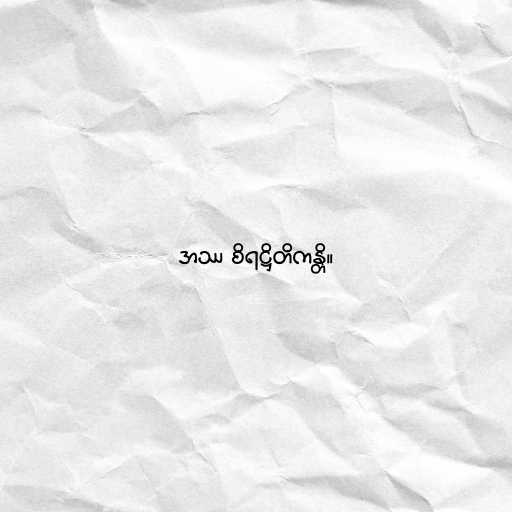
အဿ စိရဋ္ဌိတိကန္တိ။